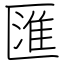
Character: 匯